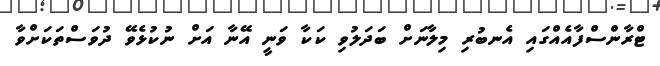
ޓްރާންސްފާއެއްގައި އެނބުރި މިލާނަށް ބަދަލުވި ކަކާ ވަނީ އޭނާ އަށް ނުކުޅެވޭ ދުވަސްތަކަށްވާ